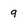
Character: q